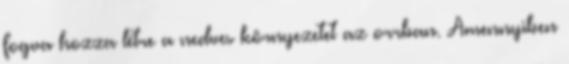
fogva hozza létre a nedves környezetet az orrban. Amennyiben